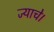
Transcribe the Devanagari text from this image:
ज्याचे।